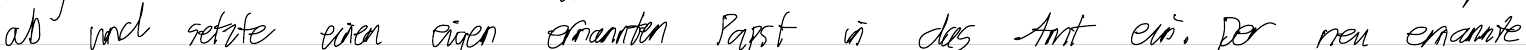
ab und setzte einen eigen ernannten Papst in das Amt ein. Der neu ernannte